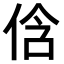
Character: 𠉐